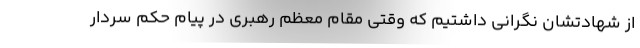
از شهادتشان نگرانی داشتیم که وقتی مقام معظم رهبری در پیام حکم سردار